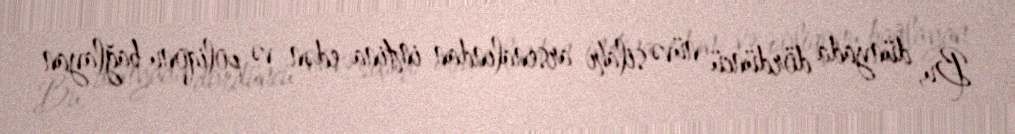
Bu, dünyada dördüncü nüvə silahı arsenalından imtina edən və poliqonu bağlayan